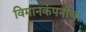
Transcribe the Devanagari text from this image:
विमानकंपनीचा